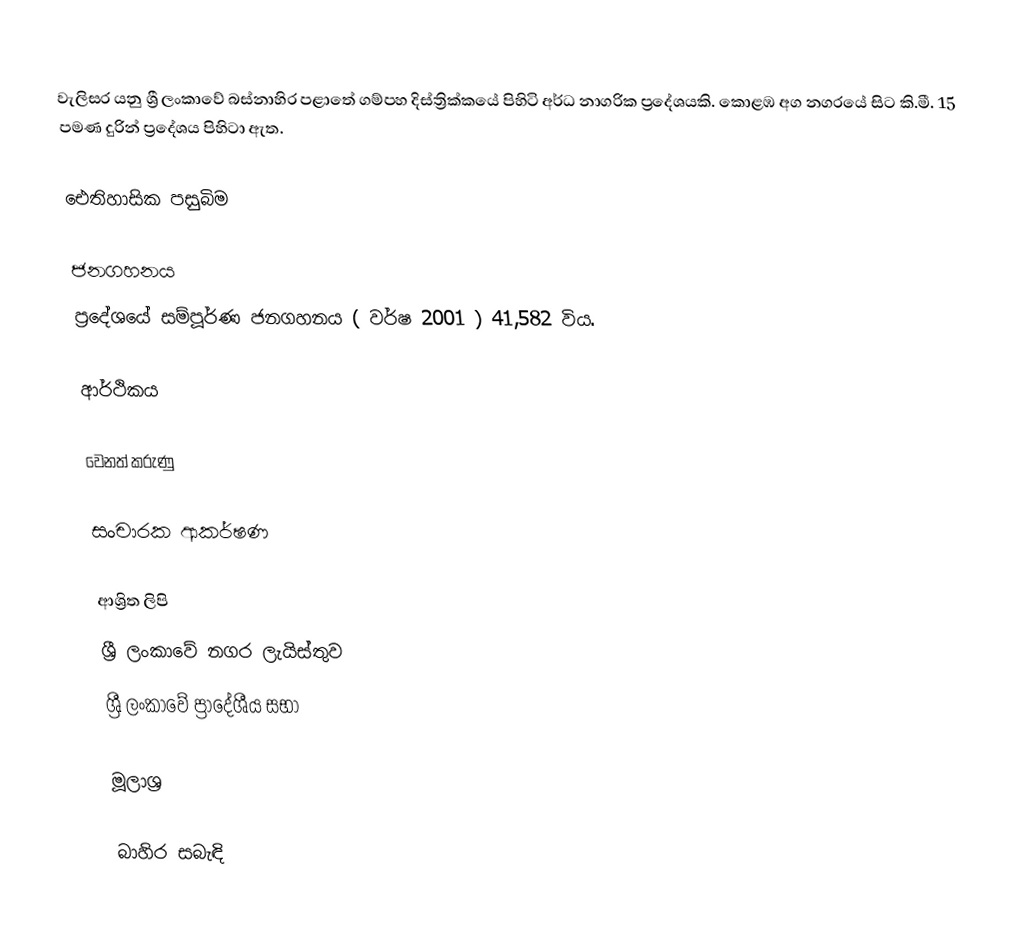
වැලිසර යනු ශ්‍රී ලංකාවේ බස්නාහිර පළාතේ ගම්පහ දිස්ත්‍රික්කයේ පිහිටි අර්ධ නාගරික ප්‍රදේශයකි. කොළඹ අග නගරයේ සිට කි.මී. 15 පමණ දුරින් ප්‍රදේශය පිහිටා ඇත.

ඓතිහාසික පසුබිම

ජනගහනය
ප්‍රදේශයේ සම්පූර්ණ ජනගහනය ( වර්ෂ 2001 ) 41,582 විය.

ආර්ථිකය

වෙනත් කරුණු

සංචාරක ආකර්ෂණ

ආශ්‍රිත ලිපි
 ශ්‍රී ලංකාවේ නගර ලැයිස්තුව
 ශ්‍රී ලංකාවේ ප්‍රාදේශීය සභා

මූලාශ්‍ර

බාහිර සබැඳි